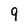
Character: 9